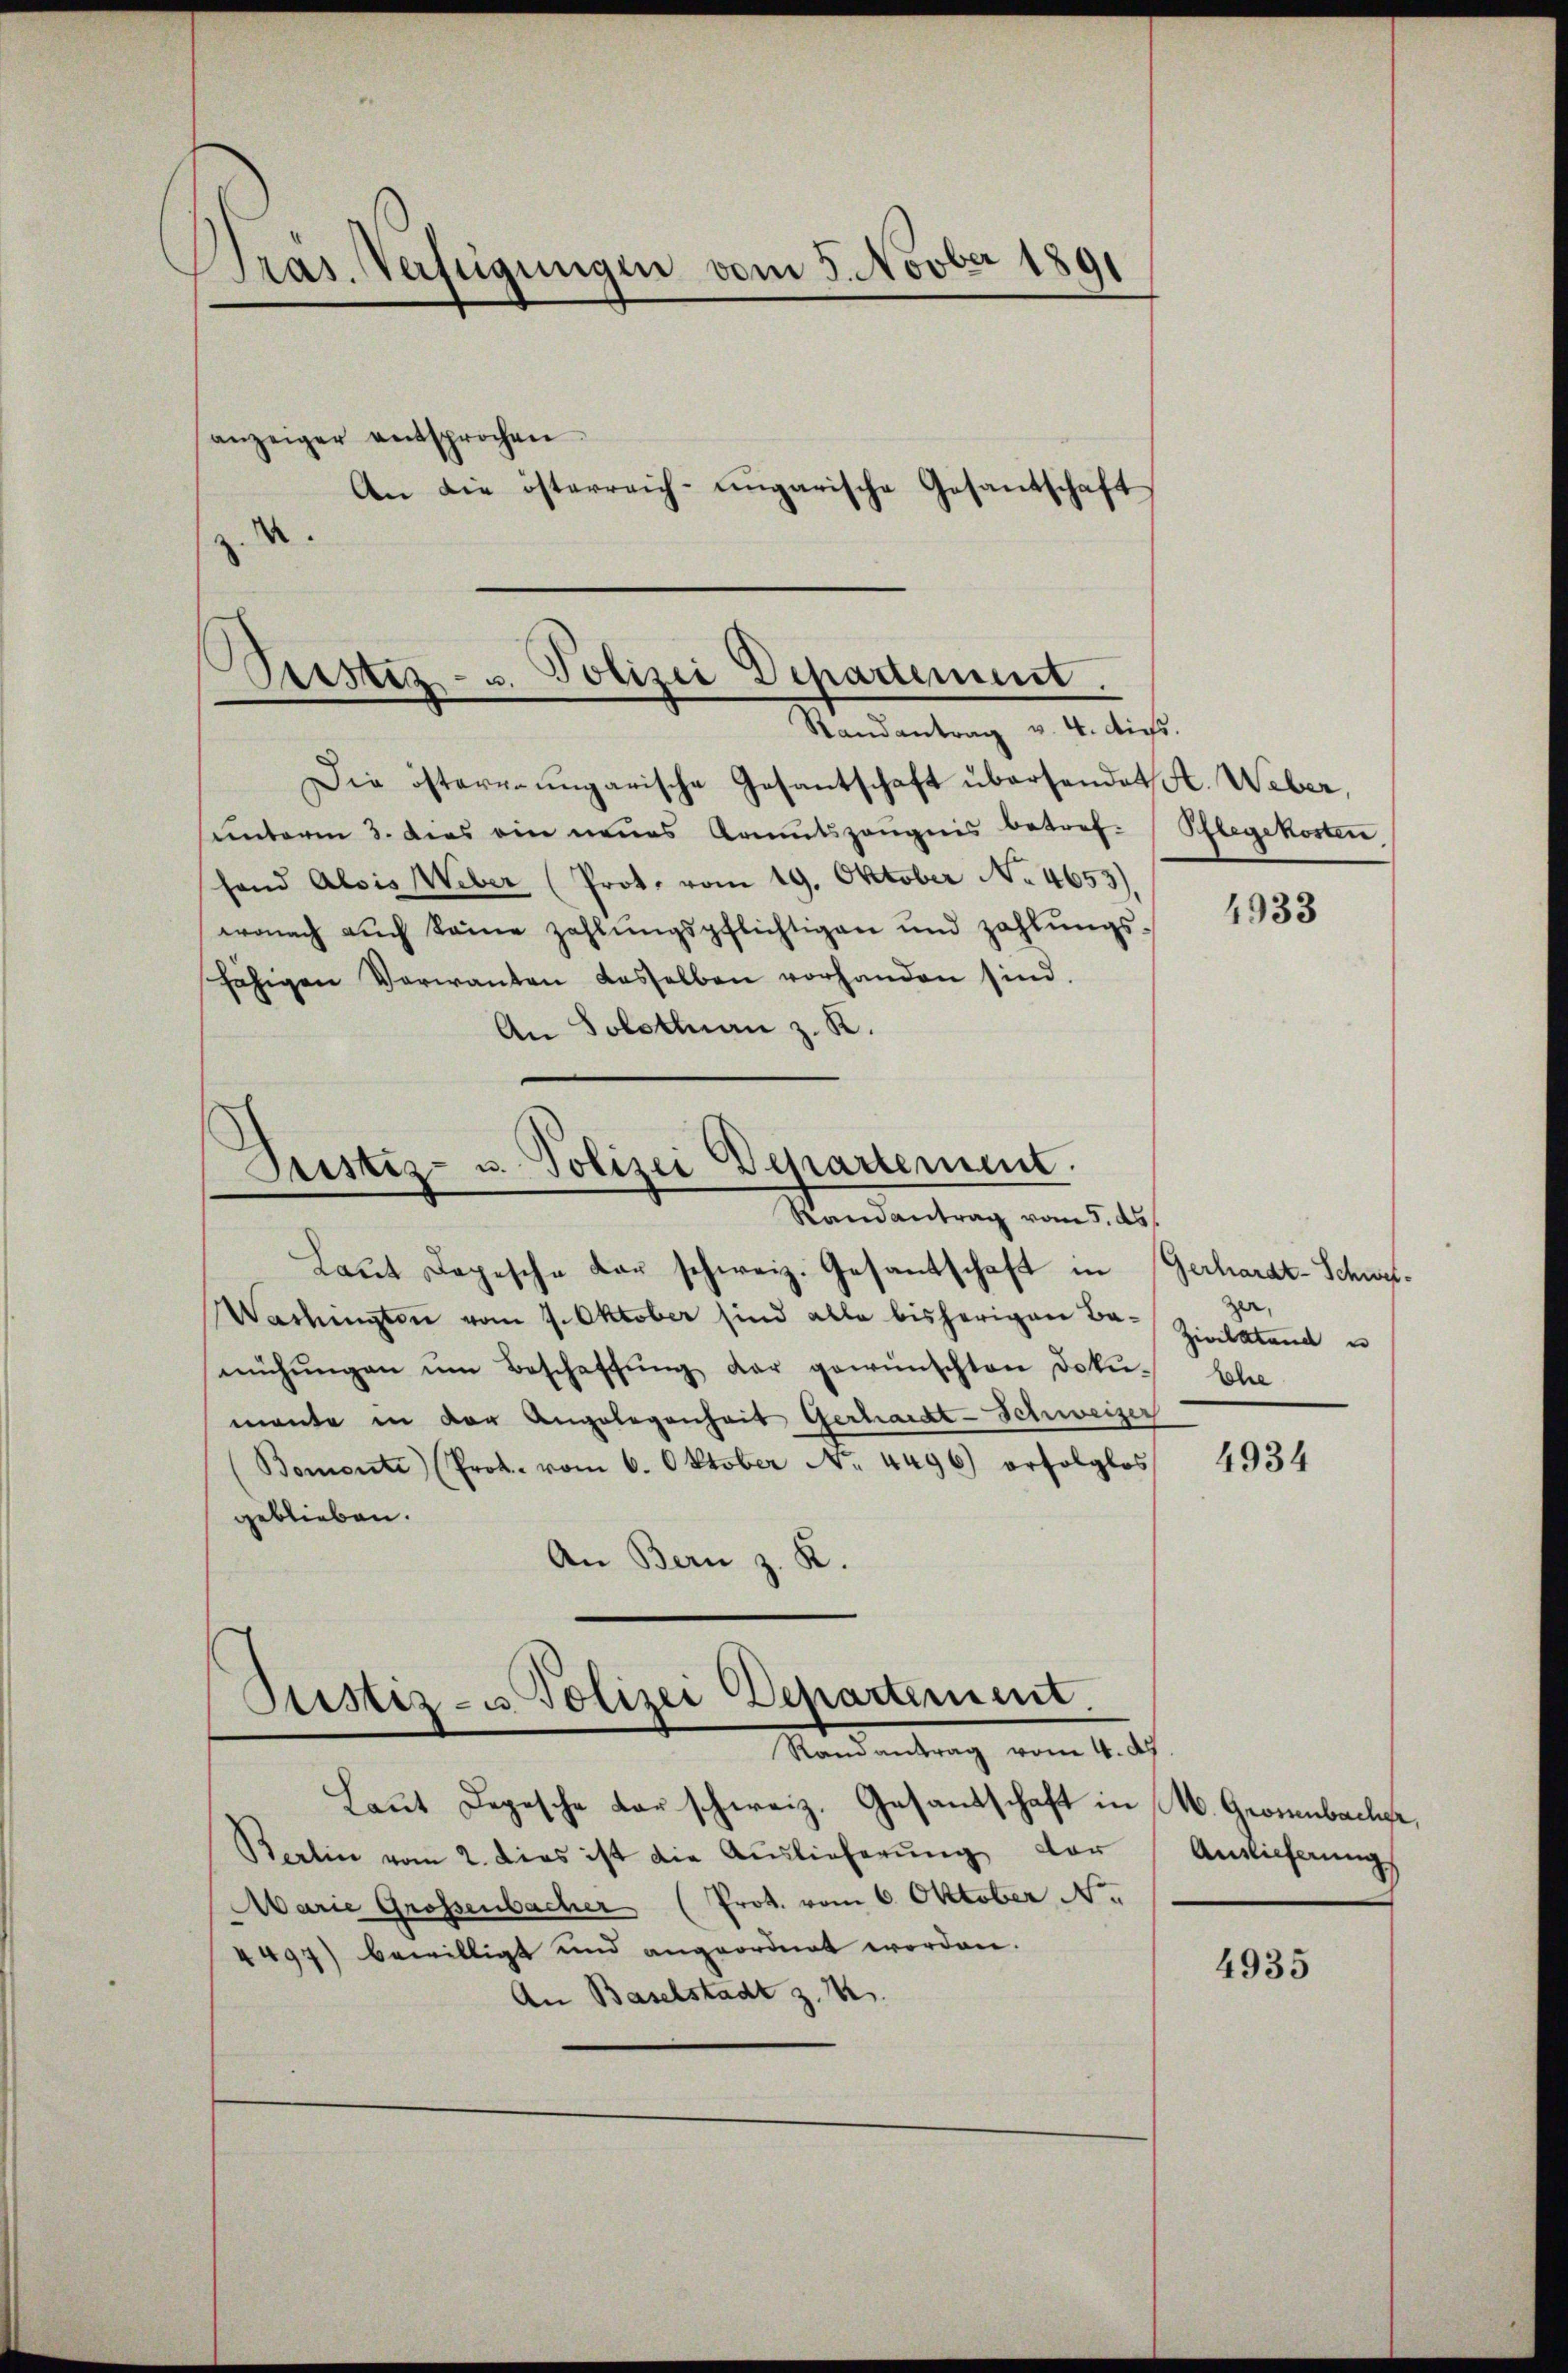
Präs. Verfügungen vom 5. Novber 1891
anzeiger entsprochen
An die österreich-ungarische Gesantschaft
.

Seistiz- u. Polizei Departement.
Randantrag v. 4. dies.

Die österraungarische Gesantschaft übersendet A. Weber,
ŭnterm 3. das ein neues Kaŭtszeŭgnis betref- Pflegekosten.
hand Alois Weber (Prot. vom 19. Oktober No. 4653),
wonach auch keine zahlŭngspflichtigen und zahlŭngs-
fähigen Verwanten dasselben vorhanden sind.
An Solothurn z. K.

Justiz- u. Polizei Departement.
Randantrag vom 5. ds.

Laŭt Dogische Dar schweiz. Gesantschaft in Gerhardt-Schwe¬
Washingten vom 9. Oktober sind alle bisherigen Be- Zivilstand un
mühŭngen ŭm Beschaffŭng der gewünschten Doku-
mante in der Angelegenheit Gerhardt-Schweizer
Bomenti (Prot. vom 6. Oktober No. 4496) erfolglos
geblieben.
An Bern z. K.
Ptistiz- u Polizei Departement.
Randantrag vom 4. d.
Laut Depesche darschweiz. Gesandschaft in W. Grosenbache,
Berlin vom 2. Dies ist die Auslieferung vor Auslieferungs
Marie Grossenbacher (Prot. vom 6. Oktober N.
4497) bewilligt und angeordnet worden.
An Baselstadt z. B.

4933

zer,
Ehe

4934

4935